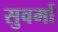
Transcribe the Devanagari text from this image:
सुवर्मा